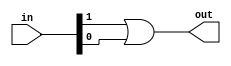
module or2 (
		input  wire [1:0] in,
		output wire       out
		
		);
		
		assign out = in[1] | in[0];
		
endmodule